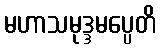
မဟာသမုဒ္ဒမပ္ပေတိ